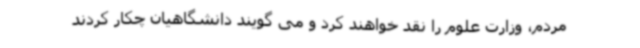
مردم، وزارت علوم را نقد خواهند کرد و می گویند دانشگاهیان چکار کردند